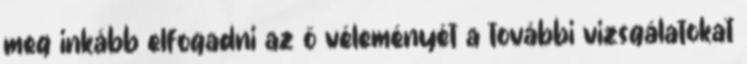
meg inkább elfogadni az ő véleményét a további vizsgálatokat